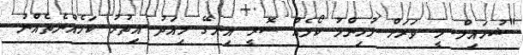
"ޝުހައިލް މީ ވަރަށް މުހިންމު ކޯލެއް ސޮރީ އިނގޭ މިއަދު އިތުރު ކަމެއްނެތެއްނު